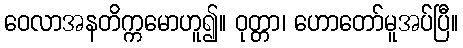
ဝေလာအနတိက္ကမောဟူ၍။ ဝုတ္တာ၊ ဟောတော်မူအပ်ပြီ။